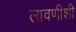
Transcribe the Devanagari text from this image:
लावणीशी